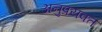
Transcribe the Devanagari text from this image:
अनुप्रयक्त